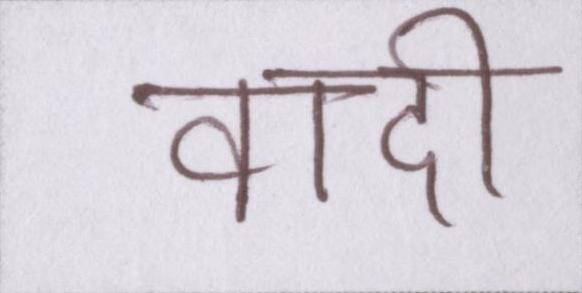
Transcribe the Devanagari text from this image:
वादी